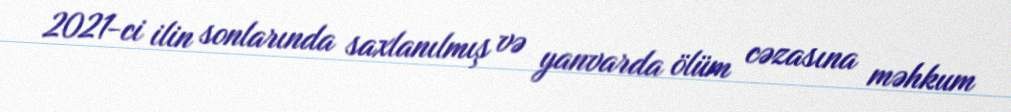
2021-ci ilin sonlarında saxlanılmış və yanvarda ölüm cəzasına məhkum